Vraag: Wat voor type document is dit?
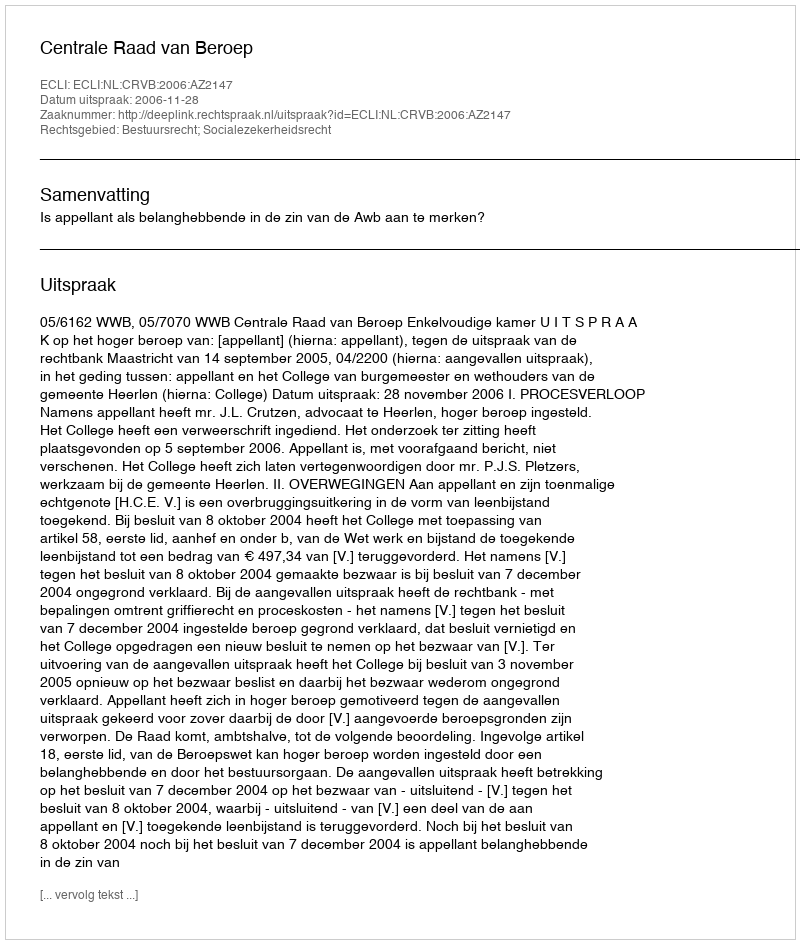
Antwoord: Uitspraak